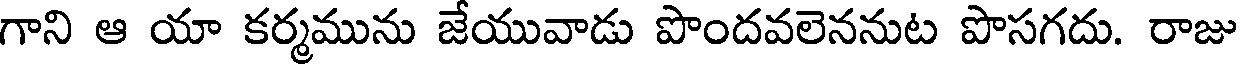
గాని ఆ యా కర్మమును జేయువాడు పొందవలెననుట పొసగదు. రాజు